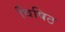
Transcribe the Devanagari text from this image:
विषिठ